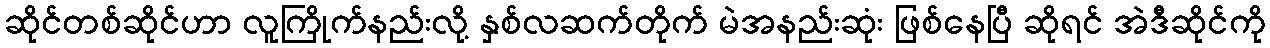
ဆိုင်တစ်ဆိုင်ဟာ လူကြိုက်နည်းလို့ နှစ်လဆက်တိုက် မဲအနည်းဆုံး ဖြစ်နေပြီ ဆိုရင် အဲဒီဆိုင်ကို